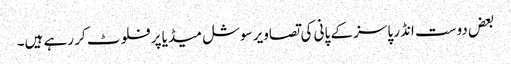
بعض دوست انڈر پاسز کے پانی کی تصاویر سوشل میڈیا پر فلوٹ کر رہے ہیں۔